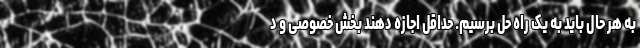
به هر حال باید به یک راه حل برسیم. حداقل اجازه دهند بخش خصوصی و د